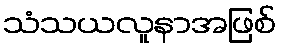
သံသယလူနာအဖြစ်